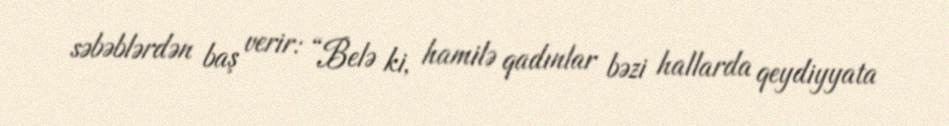
səbəblərdən baş verir: “Belə ki, hamilə qadınlar bəzi hallarda qeydiyyata